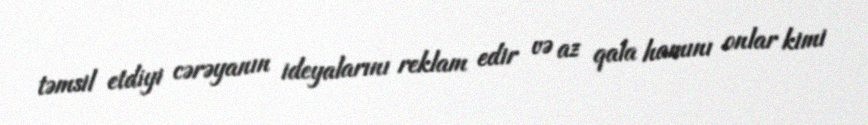
təmsil etdiyi cərəyanın ideyalarını reklam edir və az qala hamını onlar kimi